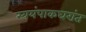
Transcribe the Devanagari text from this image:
स्वयंपाकघरांत